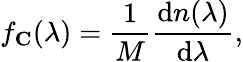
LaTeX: f_{\mathbf{C}}(\lambda)=\frac{1}{M}\frac{\mathrm{d}n(\lambda)}{\mathrm{d}\lambda},